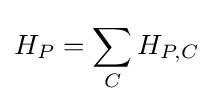
H_{P}=\sum \limits _{C}^{}H_{P,C}